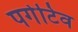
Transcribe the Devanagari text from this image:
पर्गेटिव